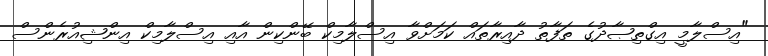
"އިސްލާމީ އިގްތިޞާދުގެ ތަފާތު ދާއިރާތައް ކަމަށްވާ އިސްލާމިކް ބޭންކިން އާއި އިސްލާމިކް އިންޝިއުރެންސް